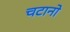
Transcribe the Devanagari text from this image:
चटानो